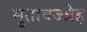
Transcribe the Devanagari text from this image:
मुतावज्जेह